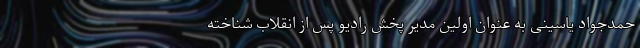
حمدجواد یاسینی به عنوان اولین مدیر پخش رادیو پس از انقلاب شناخته